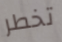
تخطر